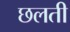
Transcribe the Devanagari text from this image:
छलती